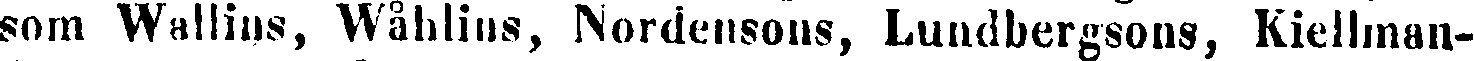
som Wallins, Wåblius, Nordensons, Lundbergsons, Kiellman-